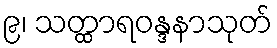
၉၊ သတ္ထာရဝန္ဒနာသုတ်